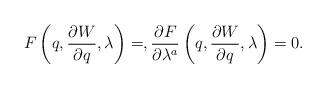
LaTeX: \begin{align*} F\left(q,\frac{\partial W}{\partial q}, \lambda\right) =, \frac{\partial F}{\partial \lambda^a}\left(q,\frac{\partial W}{\partial q},\lambda\right)=0. \end{align*}